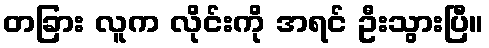
တခြား လူက လိုင်းကို အရင် ဦးသွားပြီ။